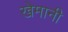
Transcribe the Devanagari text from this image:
खेमानी